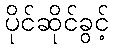
ပိုင်ဆိုင်ခွင့်